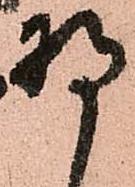
将